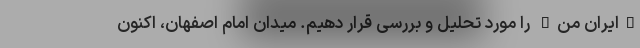
"ایران من" را مورد تحلیل و بررسی قرار دهیم. میدان امام اصفهان، اکنون